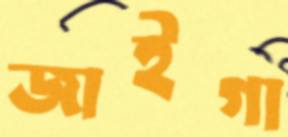
জাইগা